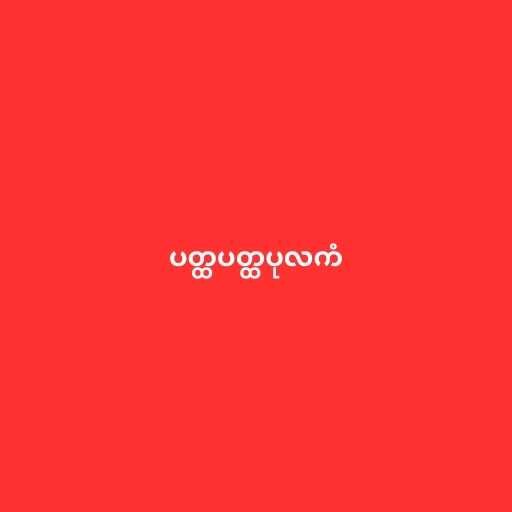
ပတ္ထပတ္ထပုလကံ